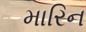
મારિન